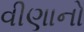
વીણાનો